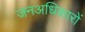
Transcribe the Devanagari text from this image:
जनअधिकारों